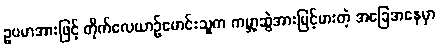
ဥပမာအားဖြင့် တိုက်လေယာဉ်မောင်းသူက ကမ္ဘာ့ဆွဲအားမြင့်မားတဲ့ အခြေအနေမှာ